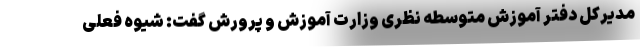
مدیرکل دفتر آموزش متوسطه نظری وزارت آموزش و پرورش گفت: شیوه فعلی